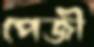
পেজী